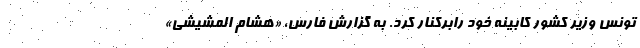
تونس وزیر کشور کابینه خود رابرکنار کرد. به گزارش فارس، «هشام المشیشی»